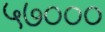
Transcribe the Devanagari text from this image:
५७०००